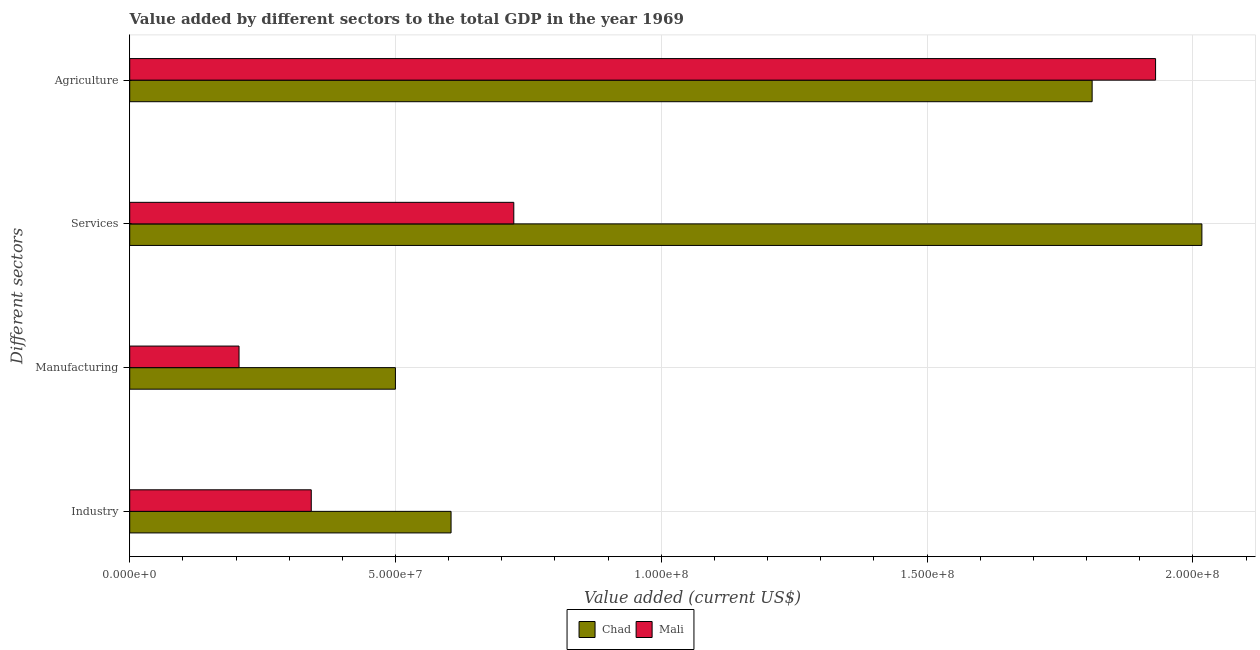
| Different sectors | Chad | Mali |
 | --- | --- | --- |
 | Industry | 6.05e+07 | 3.42e+07 |
 | Manufacturing | 5e+07 | 2.06e+07 |
 | Services | 2.02e+08 | 7.23e+07 |
 | Agriculture | 1.81e+08 | 1.93e+08 |